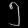
Digit: ၅